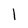
Character: l